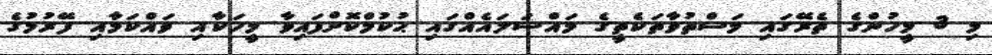
މި 3 މީހުންގެ ތެރޭގައި މަސްތުވާތަކެތީގެ މައްސަލައެއްގައި ޙުކުމްކޮށްފައިވާ މީހަކާއި ވައްކަމާއި ފޭރުމުގެ